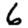
Digit: 6